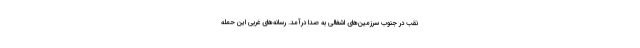
نقب در جنوب سرزمین‌های اشغالی به صدا درآمد. رسانه‌های غربی این حمله